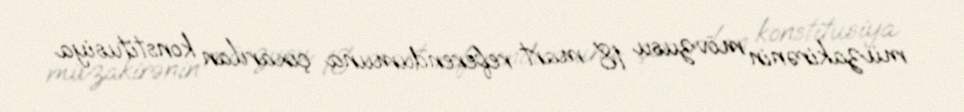
müzakirənin mövzusu 18 mart referendumuna çıxarılan konstitusiya